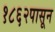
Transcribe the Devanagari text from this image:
१८६२पासून